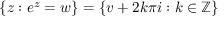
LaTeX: \left\{ z : e ^ { z } = w \right\} = \{ v + 2 k \pi i : k \in \mathbb { Z } \}